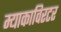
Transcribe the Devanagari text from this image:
म्याकाविरटर